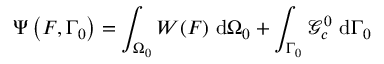
\Psi \left( \boldsymbol { F } , \Gamma _ { 0 } \right) = \int _ { \Omega _ { 0 } } W ( \boldsymbol { F } ) \ \mathrm { d } \Omega _ { 0 } + \int _ { \Gamma _ { 0 } } \mathcal { G } _ { c } ^ { 0 } \ \mathrm { d } \Gamma _ { 0 }